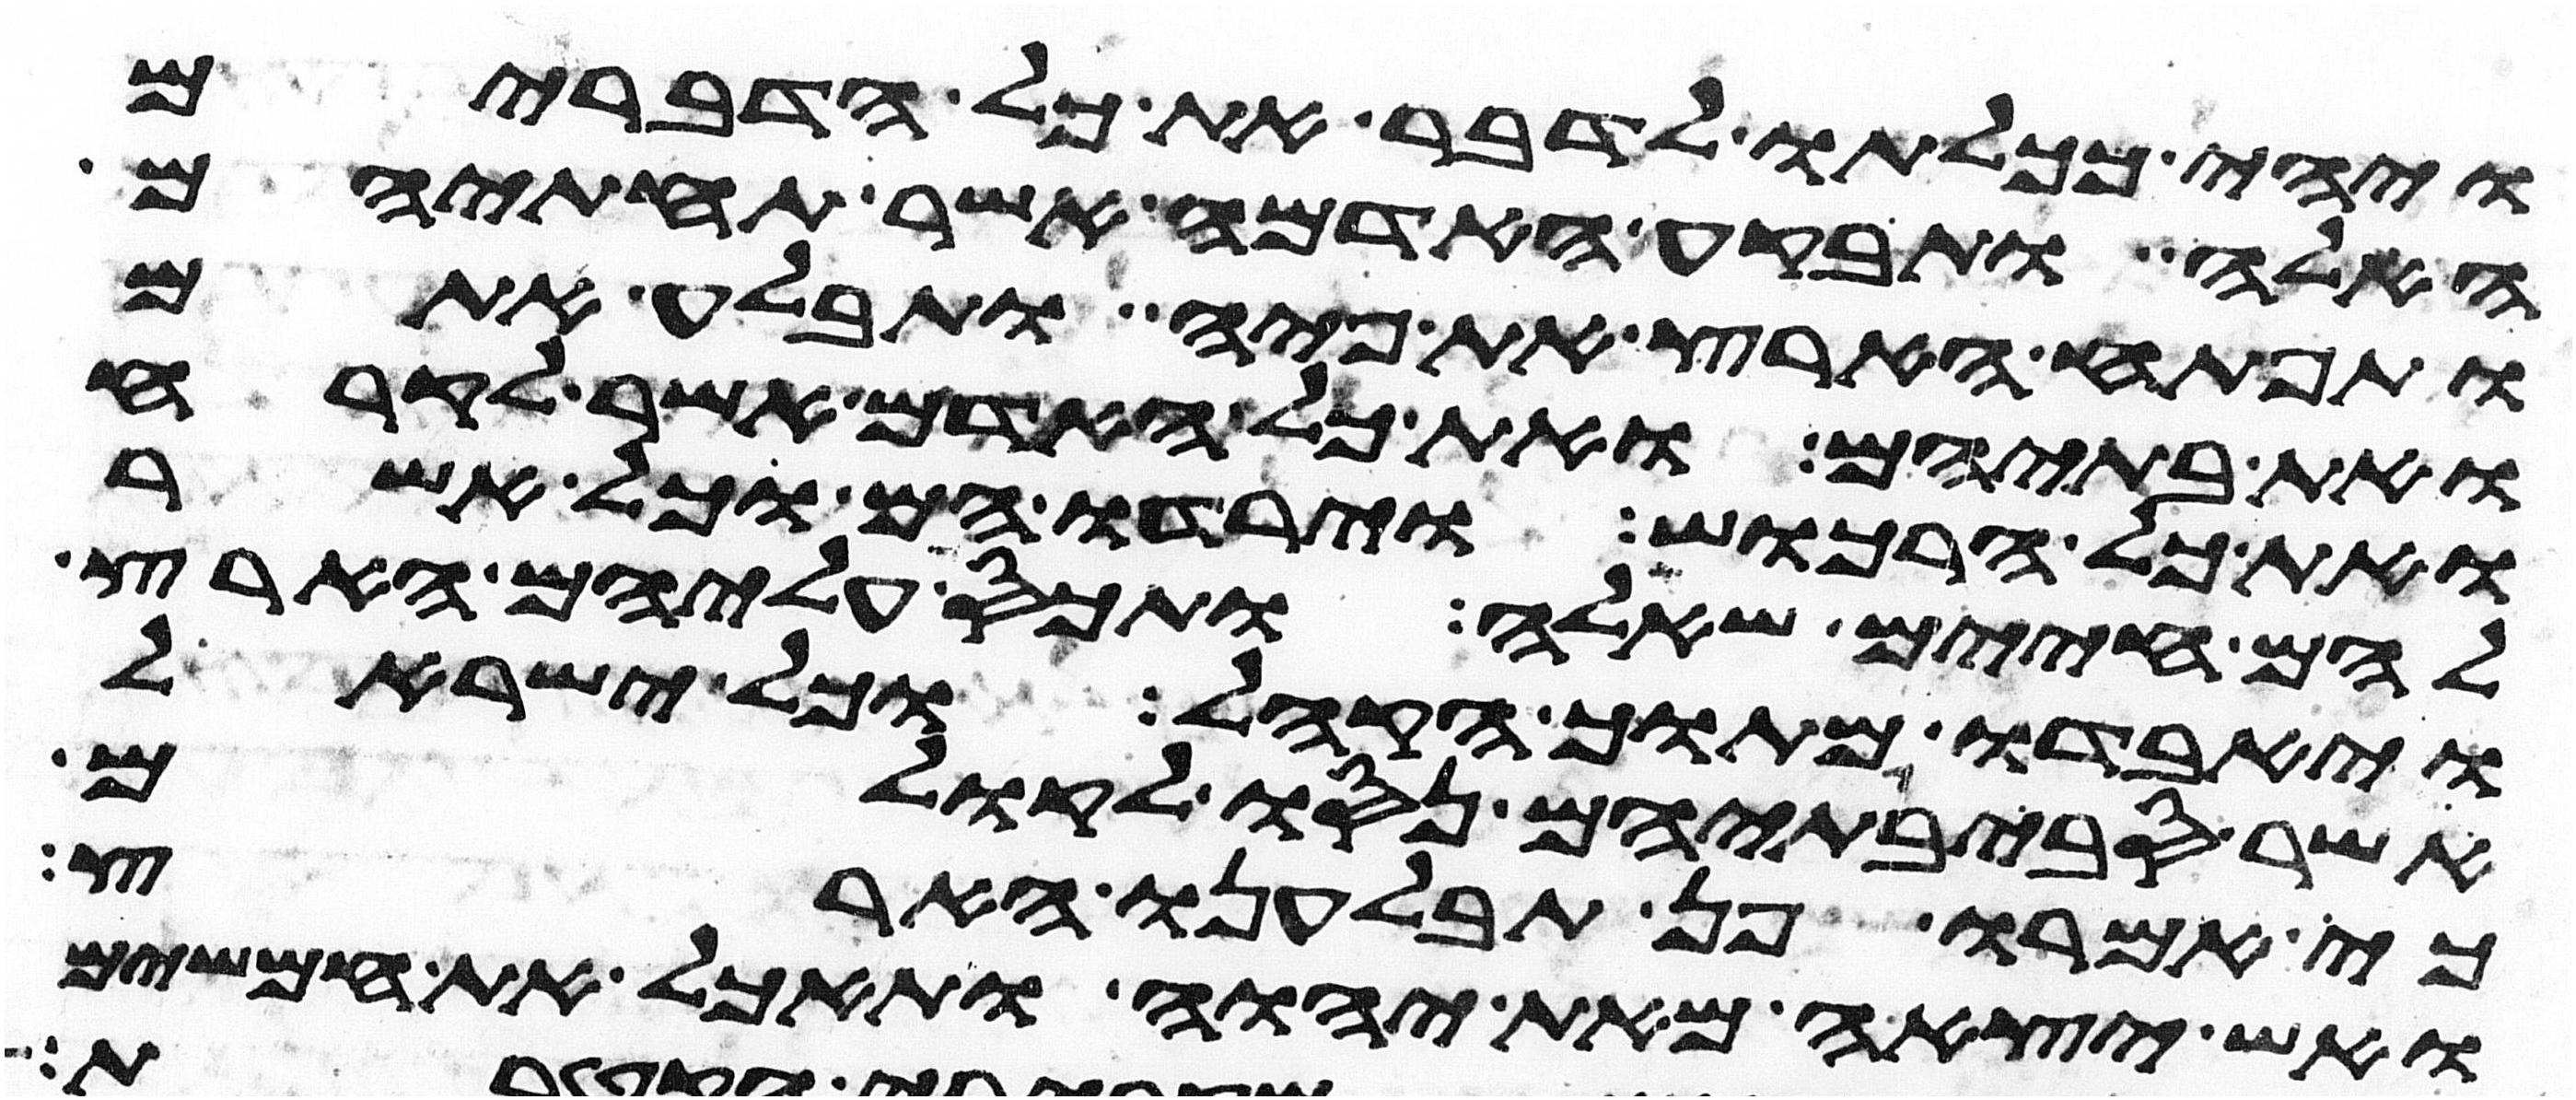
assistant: ויהי ככלותו לדבר את כל הדברים
האלה ותבקע האדמה אשר תחתיהם
ותפתח הארץ את פיה ותבלע אתם
ואת בתיהם ואת כל האדם אשר לקרח
ואת כל הרכוש וירדו הם וכל אשר
להם חיים שאלה ותכס עליהם הארץ
ויאבדו מתוך הקהל וכל ישראל
אשר סביבתיהם נסו לקולם
כי אמרו פן תבלענו הארץ
ואש יצאה מאת יהוה ותאכל את חמשים